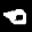
Label: 0